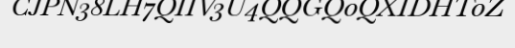
CJPN38LH7QIIV3U4QQGQ0QXIDHT0Z